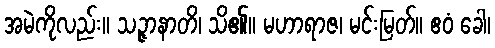
အမဲကိုလည်း။ သဉ္ဇာနာတိ၊ သိ၏။ မဟာရာဇ၊ မင်းမြတ်။ ဧဝံ ခေါ၊